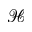
\mathcal { H }